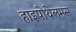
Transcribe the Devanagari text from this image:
हाइपोथेलमस